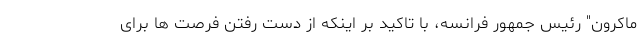
ماکرون" رئیس جمهور فرانسه، با تاکید بر اینکه از دست رفتن فرصت ها برای